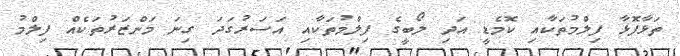
ތަޅާފޮޅާ ފިލްމުތަކާއި ކޮމެޑީ އަދި ލޯބީގެ ފިލްމުތަކާއި އަސަރުގަދަ ގިނަ މަންޒަރުތަކެއް ފިލްމު